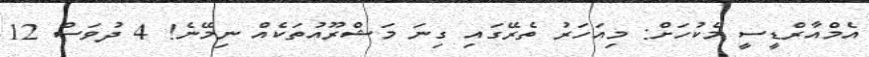
އެމްއާރްޑީސީ މެކުހަށް: މިއަހަރު ތެރޭގައި ގިނަ މަޝްރޫއުތަކެއް ނިމޭނެ! 4 ދުވަސް 12